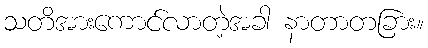
သတိအားကောင်လာတဲ့အခါ နာတာတခြား။